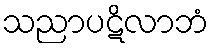
သညာပဋိလာဘံ